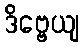
ဒိဗ္ဗေယျ